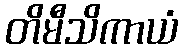
တိမီသိကာယံ